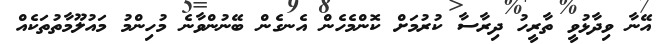
އޭނާ ވިދާޅުވީ ތާރީހު ދިރާސާ ކުރުމަށް ކޮންމެހެން އެނގެން ބޭނުންވާނެ މުހިންމު މައުލޫމާތުތަކެއް